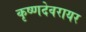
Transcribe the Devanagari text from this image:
कृष्णदेवरायर